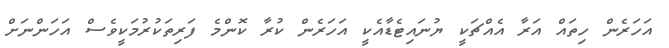
އަހަރެން ހިތައް އަރާ އެއްޗަކީ ޔުނައިޓެޑާއެކީ އަހަރެން ކުރާ ކޮންމެ ފަރިތަކުރުމަކީވެސް އަހަންނަށް